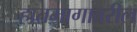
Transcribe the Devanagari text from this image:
हातमागावरील